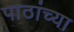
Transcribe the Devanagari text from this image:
पाठांच्या